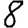
Digit: 8